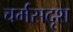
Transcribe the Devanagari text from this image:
चर्मसदृश